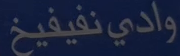
وادي نفييفخ